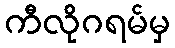
ကီလိုဂရမ်မှ